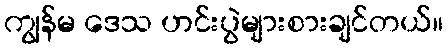
ကျွန်မ ဒေသ ဟင်းပွဲများစားချင်တယ်။